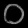
Digit: ၀